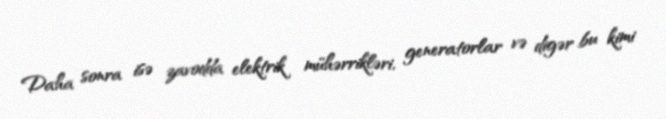
Daha sonra isə zavodda elektrik mühərrikləri, generatorlar və digər bu kimi